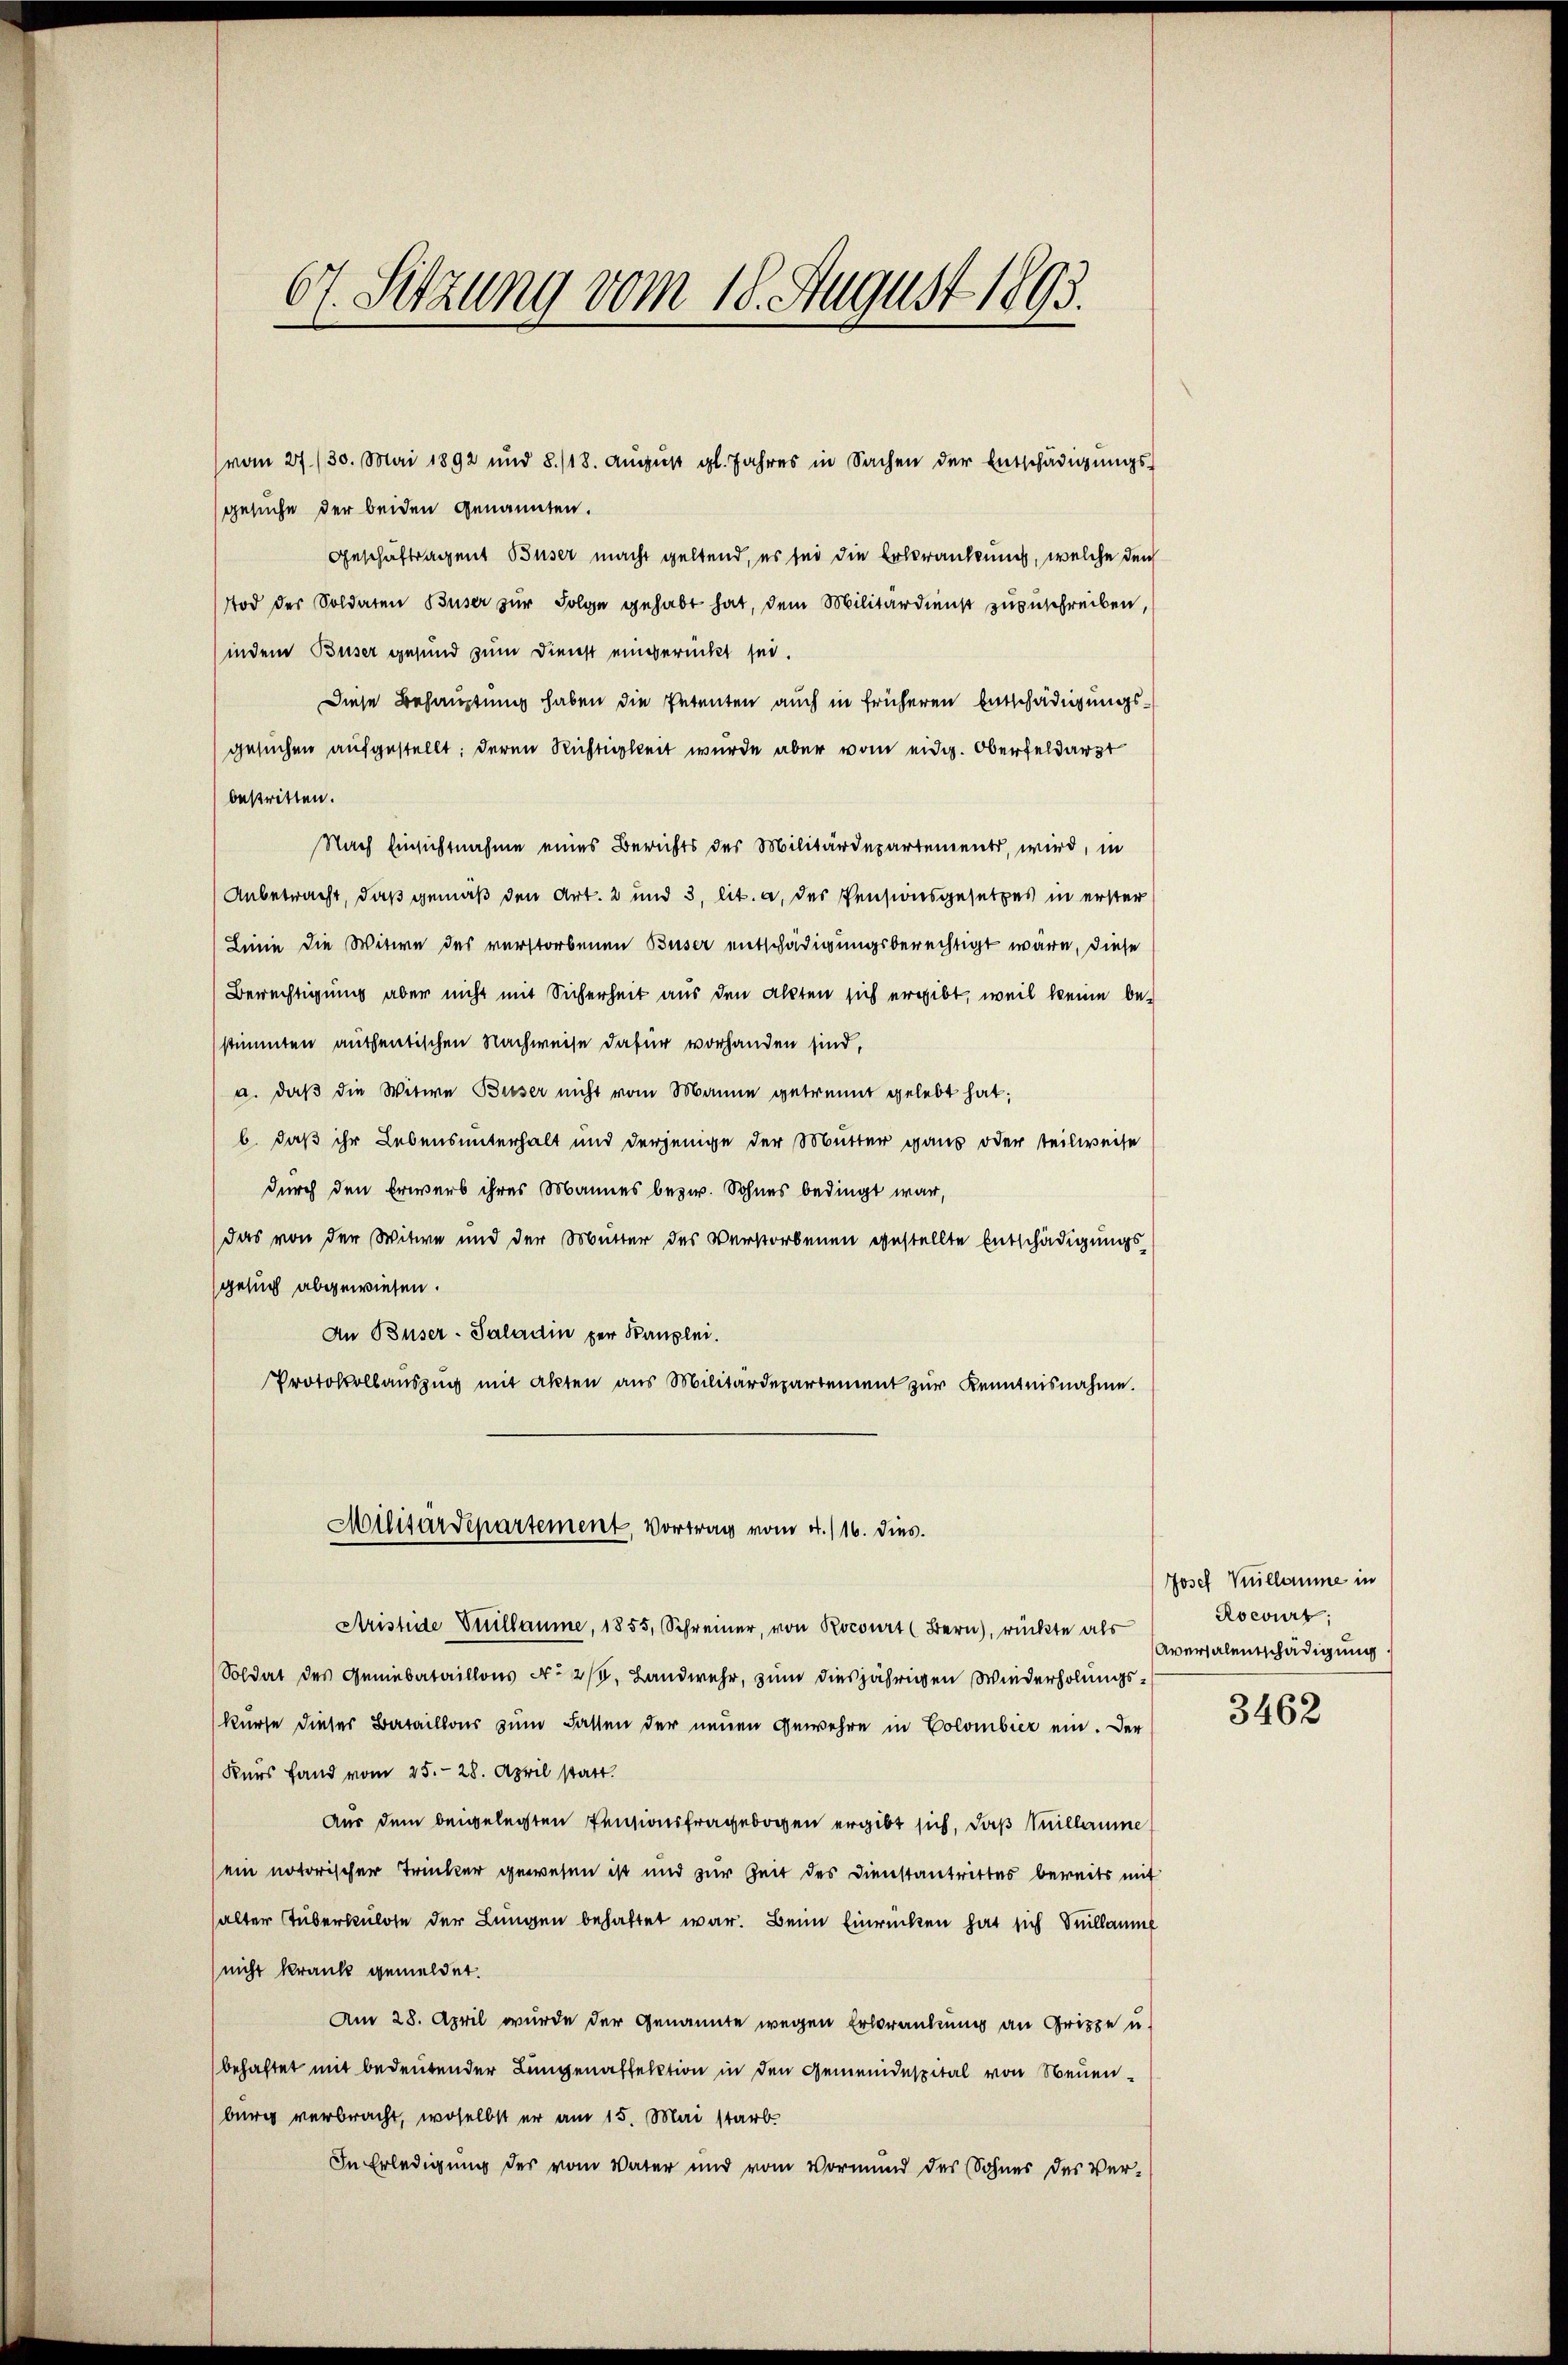
gesuche der beiden genannten.
Geschäftsagent Buser macht geltend, es sei die Erkrankung, welche den
Tod der Soldaten Buser zur Folge gehabt hat, dem Militärdienst zuzuschreiben,
indem Buser gesund zum Dienst eingerückt sei.
Diese Behauptung haben die Petenten auch in früheren Entschädigungsgesuchen aufgestellt: deren Richtigkeit wurde aber vom eidg. Oberfeldarzt
bestritten.
Nach Einsichtnahme eines Berichts des Militärdepartements, wird, in
Anbetracht, daß gemäß den Art. 2 und 3, lit. a. des Pensionsgesetzes in erster
Linie die Witwe des verstorbenen Buser entschädigungsberechtigt wäre, diese
Berechtigung aber nicht mit Sicherheit aus den Akten sich ergibt, weil keine bestimmten authentischen Nachweise dafür vorhanden sind,
a. daß die Witwe Busser nicht vom Manne getrennt gelebt hat;
b. daß ihr Lebensunterhalt und derjenige der Mutter ganz oder teilweise
durch den Erwerb ihres Mannes bezw. Sohnes bedingt war,
Das von der Witwe und der Mutter des Verstorbenen gestellte Entschädigungs-
gesuch abgewiesen.
An Buser-Saladin per Kanzlei.
Protokollauszug mit akten aus Militärdepartement zur Kenntnisnahme.

67. Setzung vom 18. August 1893.

vom 27./30. Mai 1892 und 8./18. Aŭgŭst gl. Jahres in Sachen der Entschädigŭngs-

Aristide Vuillaume, 1855, Schreiner, von Rocourt (Bern), rückte als versalentschädigung
Soldat des Genebataillons No 2/3. Landwehr, zum diesjährigen Wiederholungs-
kurse dieser Bataillos zum Fasten der neuen Gewehre in Colombier ein. Der
Kurs fand vom 25. 28. April statt.
Aus dem beigelegten Pensionsfragebogen ergibt sich, daß eillaume
(ein notorischer Trinker gewesen ist und zur Zeit des Dienstantrittes bereits mit
halter Tuberkulose der Lungen behaftet war. Beim Einrückten hat sich Suillaum
nicht krank gemeldet.
Am 28. April wurde der Genannte wegen Erkrankung an Grippe u.
behaftet mit bedeutender Lungenaffektion in den Gemeindespital von Neuen-
burg verbracht, woselbst er am 15. Mai starb.
In Erledigung des vom Vater und vom Vormund des Sohnes des Ver¬

Militärdepartement, Vortrag vom 4. 116. dies

Josef Kullamme in
Rocourt

3462